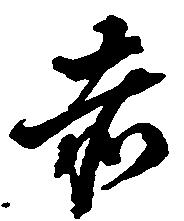
赤